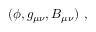
( \phi , g _ { \mu \nu } , B _ { \mu \nu } ) \ ,